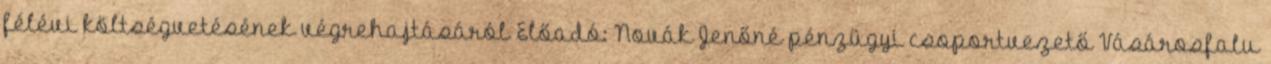
félévi költségvetésének végrehajtásáról Előadó: Novák Jenőné pénzügyi csoportvezető Vásárosfalu